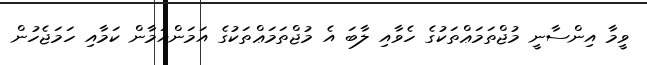
ވީމާ އިންސާނީ މުޖްތަމަޢްތަކުގެ ހެވާއި ލާބަ އެ މުޖްތަމަޢްތަކުގެ އަމަންއަމާން ކަމާއި ހަމަޖެހުން